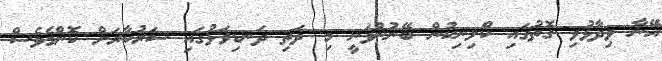
އޭނާ ވިދާޅުވި ގޮތުގައި ކްލިނިކުން ބޭނުންވަނީ މި ދަތި ދަނޑިވަޅުގައި ސަރުކާރަށް ކޮންމެވެސް